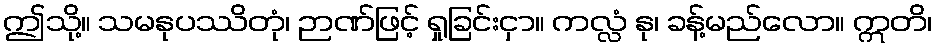
ဤသို့။ သမနုပဿိတုံ၊ ဉာဏ်ဖြင့် ရှုခြင်းငှာ။ ကလ္လံ နု၊ ခန့်မည်လော။ ဣတိ၊